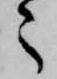
々